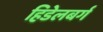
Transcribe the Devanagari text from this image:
हिडेलबर्ग